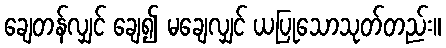
ချေတန်လျှင် ချေ၍ မချေလျှင် ယပြုသောသုတ်တည်း။